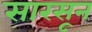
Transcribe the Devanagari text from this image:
सारसून